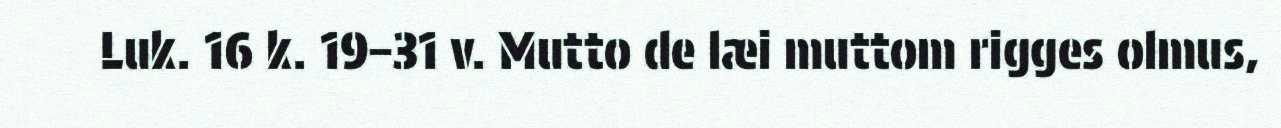
Luk. 16 k. 19–31 v. Mutto de læi muttom rigges olmus,